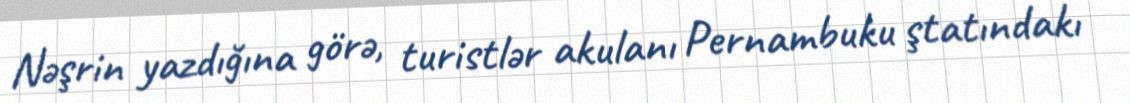
Nəşrin yazdığına görə, turistlər akulanı Pernambuku ştatındakı